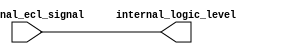
module io_ecl_buffer (
  input external_ecl_signal,
  output internal_logic_level
);

// Input buffer converts external ECL signal to internal logic level
assign internal_logic_level = external_ecl_signal;

// Output buffer converts internal logic level to ECL signal
assign external_ecl_signal = internal_logic_level;

endmodule